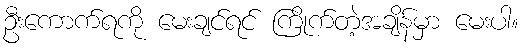
ဦးကောက်ရကို မေးချင်ရင် ကြိုက်တဲ့အချိန်မှာ မေးပါ။